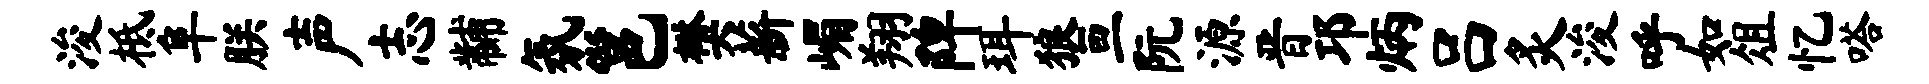
浚柢阜朕声志黼氛邕樊薪嵋翔陴珥狼亘阮源晋邛炳吕炙浚呼如俎忆嗒